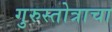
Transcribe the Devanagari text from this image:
गुरुस्तोत्राचा